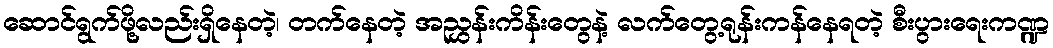
ဆောင်ရွက်ဖို့လည်းရှိနေတဲ့၊ တက်နေတဲ့ အညွှန်းကိန်းတွေနဲ့ လက်တွေ့ရုန်းကန်နေရတဲ့ စီးပွားရေးကဏ္ဍ